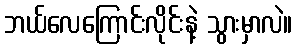
ဘယ်လေကြောင်းလိုင်းနဲ့ သွားမှာလဲ။